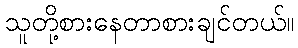
သူတို့စားနေတာစားချင်တယ်။